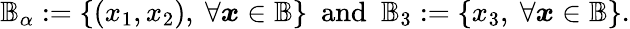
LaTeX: \mathbb{B}_{\alpha}:=\left\{ (x_{1},x_{2}),\ \forall\boldsymbol{x}\in\mathbb{B}\right\} \ \ \textup{and}\ \ \mathbb{B}_{3}:=\left\{ x_{3},\ \forall\boldsymbol{x}\in\mathbb{B}\right\} .